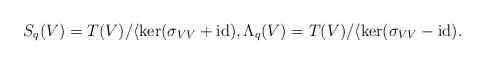
LaTeX: \begin{align*}S_q(V) = T(V) / \langle \ker(\sigma_{V V} + \mathrm{id}),\Lambda_q(V) = T(V) / \langle \ker(\sigma_{V V} - \mathrm{id}).\end{align*}